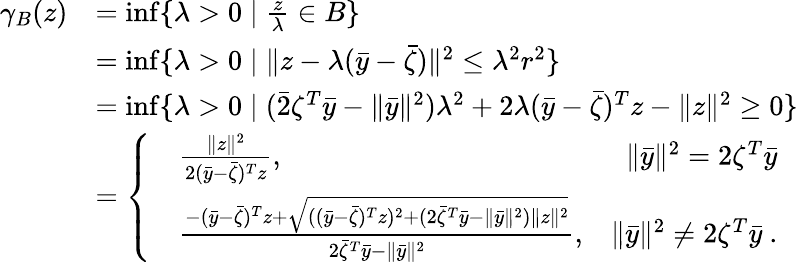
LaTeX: \begin{array}{rl}{\gamma_{B}(z)}&{=\operatorname*{inf}\{ \lambda>0\mid\frac{z}{\lambda}\in B\} }\\ &{=\operatorname*{inf}\{ \lambda>0\mid\| z-\lambda(\bar{y}-\bar{\zeta})\| ^{2}\leq\lambda^{2}r^{2}\} }\\ &{=\operatorname*{inf}\{ \lambda>0\mid(\bar{2}\zeta^{T}\bar{y}-\| \bar{y}\| ^{2})\lambda^{2}+2\lambda(\bar{y}-\bar{\zeta})^{T}z-\| z\| ^{2}\geq 0\} }\\ &{=\left\{ \begin{array}{rlr}&{\frac{\| z\| ^{2}}{2(\bar{y}-\bar{\zeta})^{T}z},}&{\| \bar{y}\| ^{2}=2\zeta^{T}\bar{y}}\\ &{\frac{-(\bar{y}-\bar{\zeta})^{T}z+\sqrt{((\bar{y}-\bar{\zeta})^{T}z)^{2}+(2\bar{\zeta}^{T}\bar{y}-\| \bar{y}\| ^{2})\| z\| ^{2}}}{2\bar{\zeta}^{T}\bar{y}-\| \bar{y}\| ^{2}},}&{\| \bar{y}\| ^{2}\neq 2\zeta^{T}\bar{y}\ .}\end{array}\right.}\end{array}